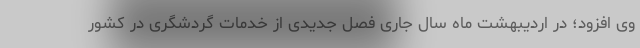
وی افزود؛ در اردیبهشت ماه سال جاری فصل جدیدی از خدمات گردشگری در کشور